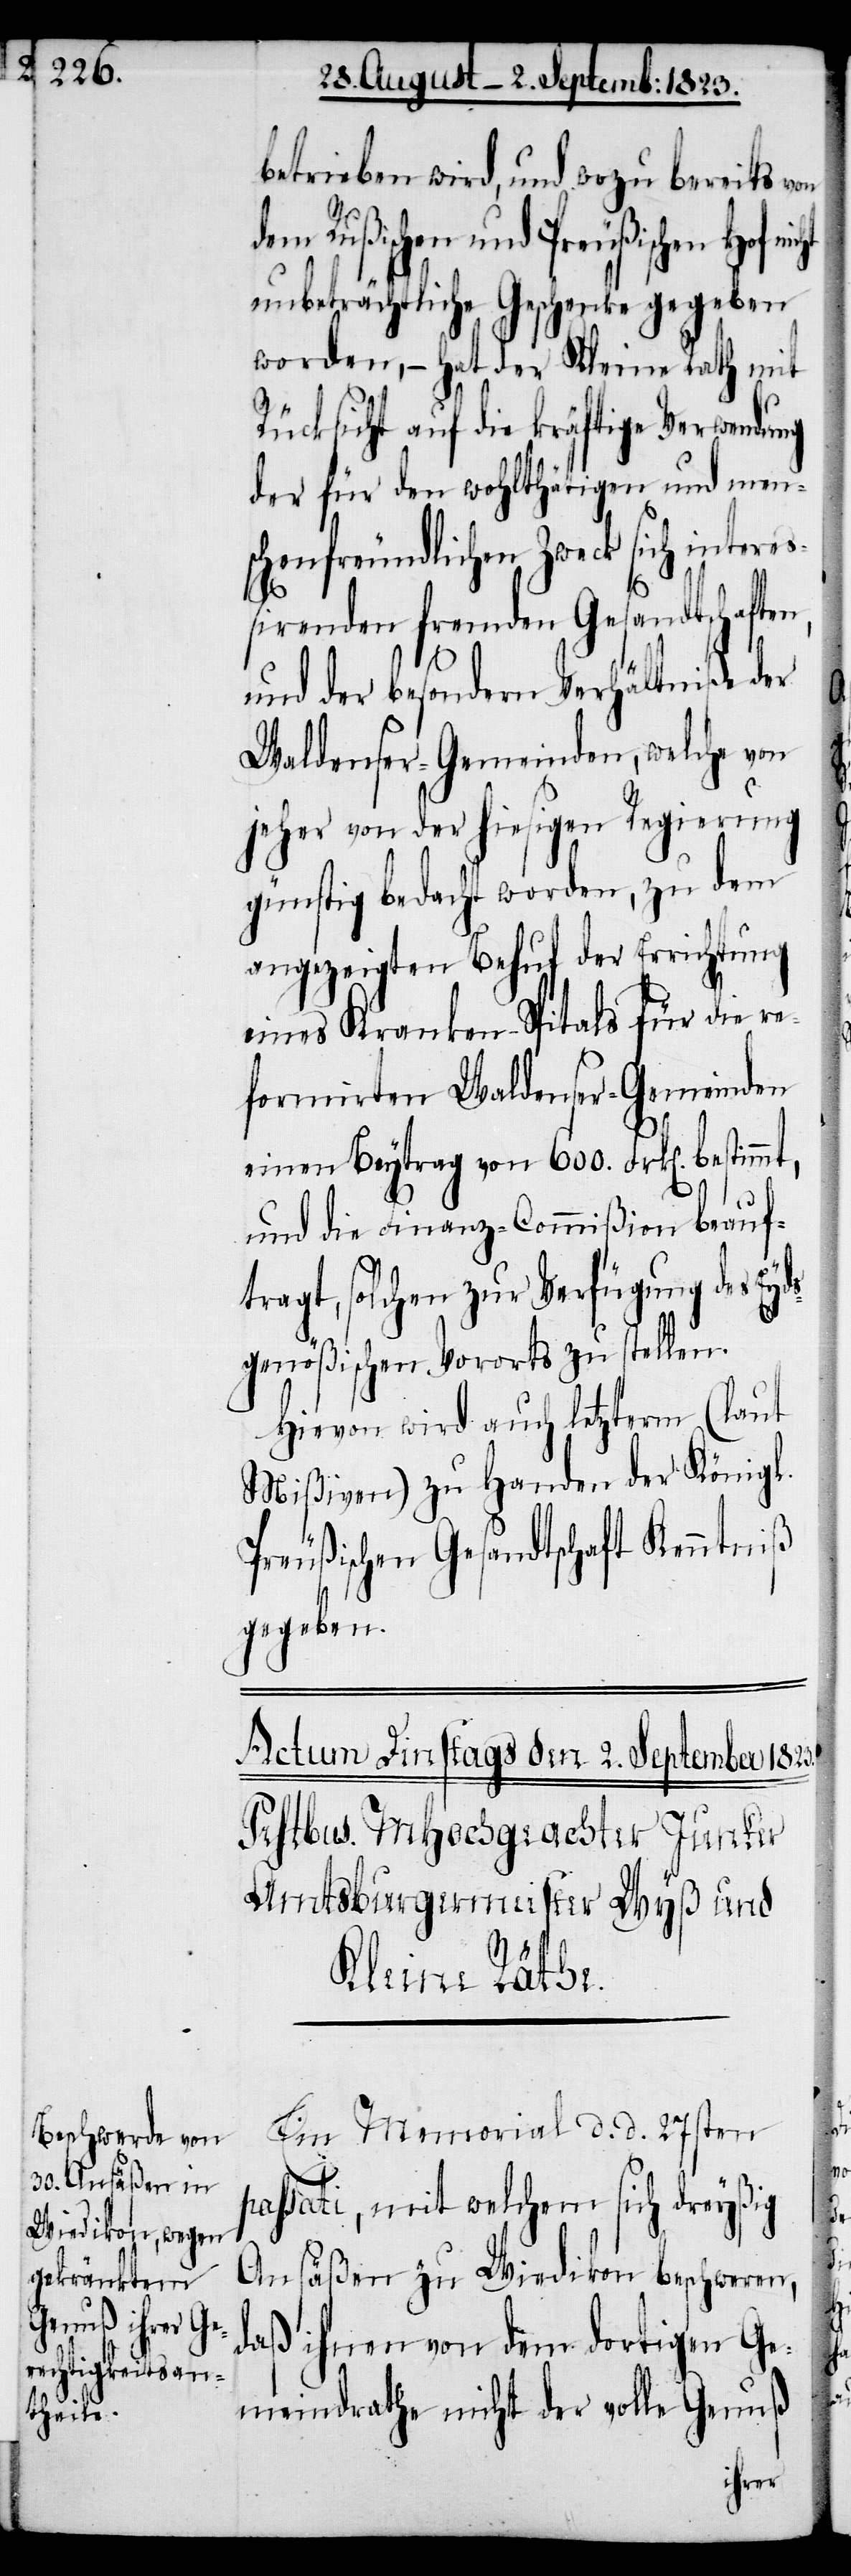
betrieben wird, und wozu bereits von
Rußischen und Preußischen Hof
unbeträchtliche Geschenke gegeben
worden, − hat der Kleine Rath mit
Rücksicht auf die kräftige Verwendung
der für den wohlthätigen und men¬
schenfreundlichen Zweck sich intere¬
ßirenden fremden Gesandtschaften,
und der besondern Verhältniße
Waldenser-Gemeinden, welche von
jeher von der hiesigen Regierung
günstig bedacht worden, zu dem
angezeigten Behuf der Errichtung
eines Kranken-Spitals für die re¬
formirten Waldenser-Gemeinden
einen Beytrag von 600. Frk[en]. bestimmt,
und die Finanz-Commißion beauf¬
tragt, solchen zur Verfügung des Eyd¬
sgenößischen Vororts zu stellen.
Hievon wird auch letzterm (laut
Mißiven) zu Handen der Königl.
Preußischen Gesandtschaft Kenntniß
gegeben.
Ein Memorial d. d. 27sten
passati, mit welchem sich dreyßig
Ansäßen zu Wiedikon beschweren,
daß ihnen von dem dortigen Ge¬
meindrathe nicht der volle Genuß